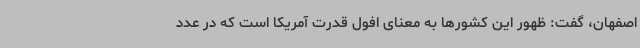
اصفهان، گفت: ظهور این کشورها به معنای افول قدرت آمریکا است که در عدد